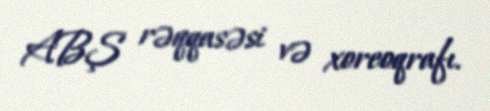
ABŞ rəqqasəsi və xoreoqrafı.